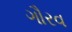
ગૌરવ